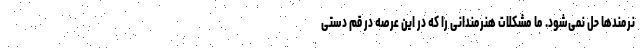
نرمندها حل نمی‌شود. ما مشکلات هنرمندانی را که در این عرصه در قم دستی